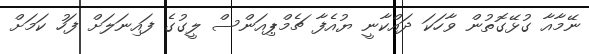
ނޭމާއާ ގުޅޭގޮތުން ވާހަކަ ދައްކާނީ ޔުއެފާ ޗެމްޕިއަންސް ލީގުގެ ފައިނަލަށް ފަހު ކަމަށް